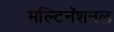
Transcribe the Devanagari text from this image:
मल्टिनॅशनल